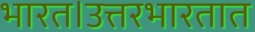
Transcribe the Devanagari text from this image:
भारत।उत्तरभारतात